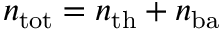
n _ { \mathrm { t o t } } = n _ { \mathrm { t h } } + n _ { \mathrm { b a } }